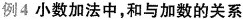
例4小数加法中，和与加数的关系